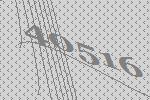
40516